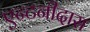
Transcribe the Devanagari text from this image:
एन्टनीदास